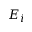
E _ { i }